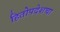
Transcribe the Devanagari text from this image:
हितोपदेशचा